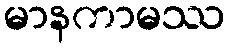
မာနကာမဿ